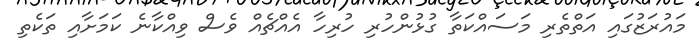
މައުރަޒުގައި އަތްތެރި މަސައްކަތާ ގުޅުންހުރި ހުރިހާ އެއްޗެއް ވެސް ވިއްކާނެ ކަމަށާއި ތަކެތި